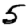
Digit: 5